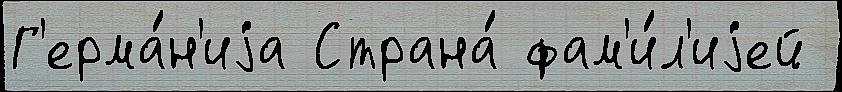
Г'ерма́н'иjа Страна́ фам'и́л'иjей